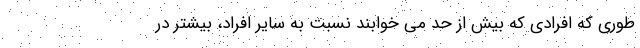
طوری که افرادی که بیش از حد می‌ خوابند نسبت به سایر افراد، بیشتر در